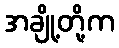
အချို့တို့က